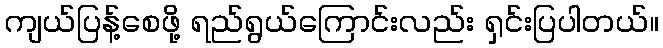
ကျယ်ပြန့်စေဖို့ ရည်ရွယ်ကြောင်းလည်း ရှင်းပြပါတယ်။